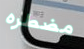
مضطره